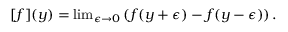
[ f ] ( y ) = \mathrm { l i m } _ { \epsilon \rightarrow 0 } \left( f ( y + \epsilon ) - f ( y - \epsilon ) \right) .